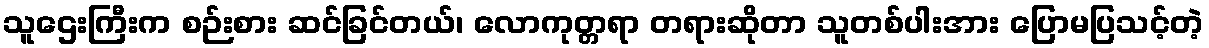
သူဌေးကြီးက စဉ်းစား ဆင်ခြင်တယ်၊ လောကုတ္တရာ တရားဆိုတာ သူတစ်ပါးအား ပြောမပြသင့်တဲ့